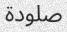
صلودة